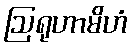
ဩရုဟာမိဟံ